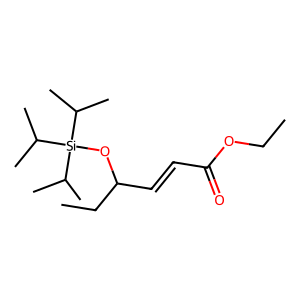
SMILES: CCOC(=O)C=CC(CC)O[Si](C(C)C)(C(C)C)C(C)C
Inhibits HIV replication: No